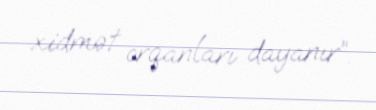
xidmət orqanları dayanır”.